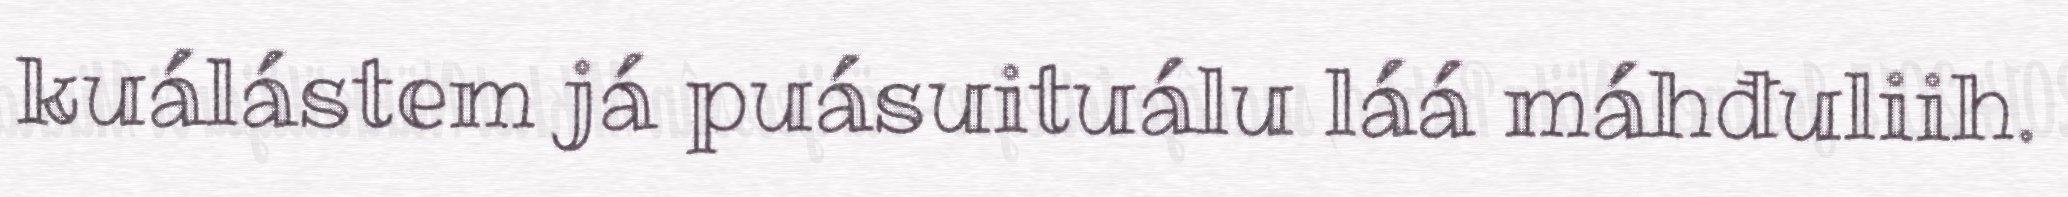
kuálástem já puásuituálu láá máhđuliih.